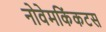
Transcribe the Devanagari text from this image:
नोवेमकिंकटस